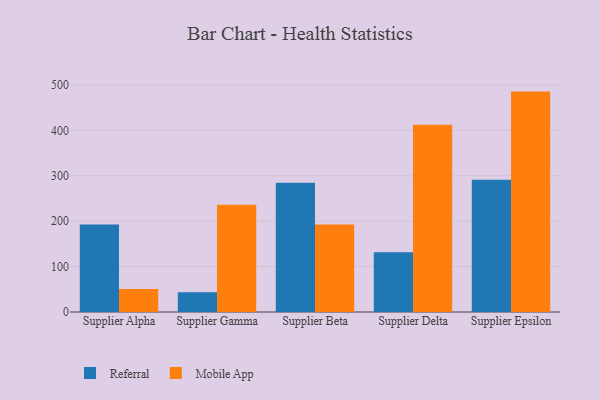
{"axis": {"x": "Supplier", "y": "Conversion Rate (%)"}, "legend": ["Mobile App", "Referral"], "data": [{"x": "Supplier Alpha", "y": 192.4, "type": "Referral"}, {"x": "Supplier Alpha", "y": 50.4, "type": "Mobile App"}, {"x": "Supplier Gamma", "y": 43.7, "type": "Referral"}, {"x": "Supplier Gamma", "y": 236.3, "type": "Mobile App"}, {"x": "Supplier Beta", "y": 284.8, "type": "Referral"}, {"x": "Supplier Beta", "y": 192.7, "type": "Mobile App"}, {"x": "Supplier Delta", "y": 131.6, "type": "Referral"}, {"x": "Supplier Delta", "y": 412.3, "type": "Mobile App"}, {"x": "Supplier Epsilon", "y": 291.4, "type": "Referral"}, {"x": "Supplier Epsilon", "y": 485.3, "type": "Mobile App"}]}